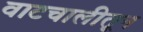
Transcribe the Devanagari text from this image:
वाटचालीतून